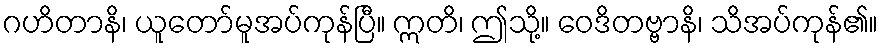
ဂဟိတာနိ၊ ယူတော်မူအပ်ကုန်ပြီ။ ဣတိ၊ ဤသို့။ ဝေဒိတဗ္ဗာနိ၊ သိအပ်ကုန်၏။